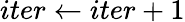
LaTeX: iter\gets iter+1